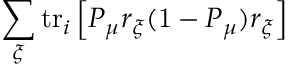
\sum _ { \xi } \mathrm { t r } _ { i } \left[ P _ { \mu } r _ { \xi } ( \mathrm { 1 } - P _ { \mu } ) r _ { \xi } \right]